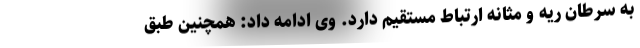
به سرطان ریه و مثانه ارتباط مستقیم دارد. وی ادامه داد: همچنین طبق